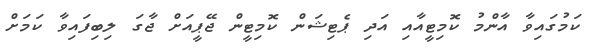
ކަމުގައިވާ އާންމު ކޮމިޓީއާއި އަދި ޕެޓިޝަން ކޮމިޓީން ޖޭޕީއަށް ޖާގަ ލިބިފައިވާ ކަމަށް